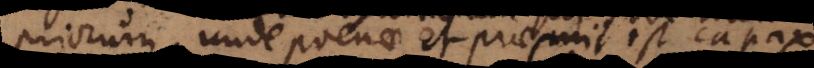
priorum; unde poenae et praemii est capax